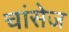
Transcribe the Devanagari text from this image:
चांसेज